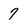
Character: 7